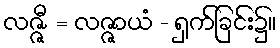
လဇ္ဇီ = လဇ္ဇာယံ - ရှက်ခြင်း၌။